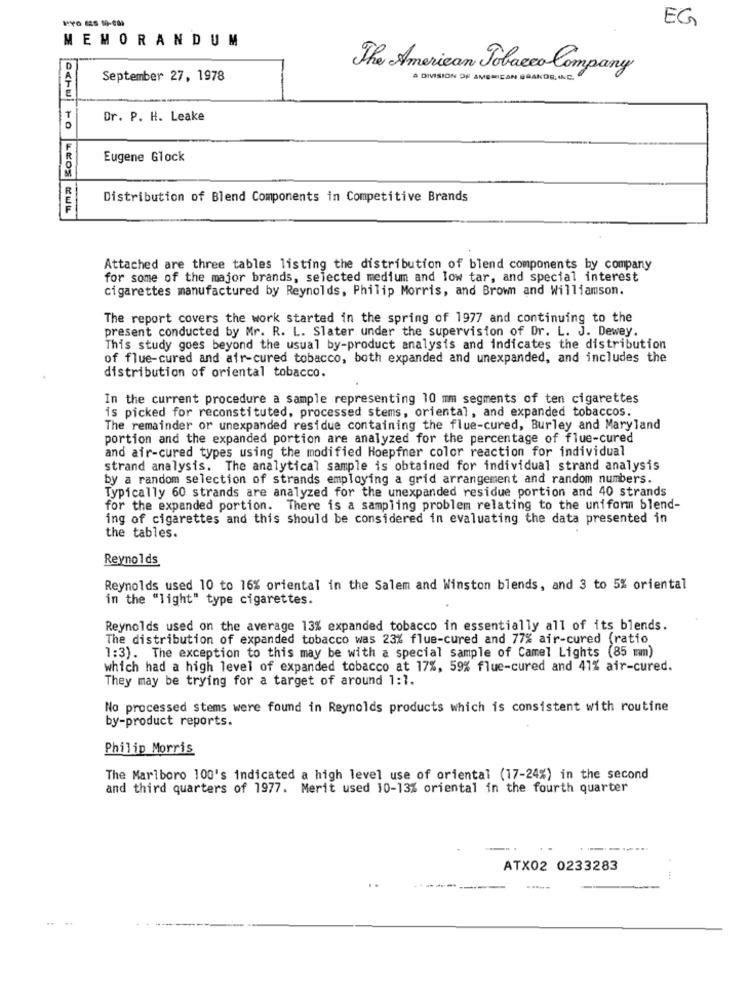
EG
MEMORANDUM
The American Tobacco Company
September 27, 1978
A DIVISION OF AMERICAN BRANDS INC.
Dr. P. H. Leake
Eugene Glock
Distribution of Blend Components in Competitive Brands
Attached are three tables listing the distribution of blend components by company
for some of the major brands, selected medium and low tar, and special interest
cigarettes manufactured by Reynolds, Philip Morris, and Brown and Williamson.
The report covers the work started in the spring of 1977 and continuing to the
present conducted by Mr. R. L. Slater under the supervision of Dr. L. J. Dewey.
This study goes beyond the usual by-product analysis and indicates the distribution
of flue-cured and air-cured tobacco, both expanded and unexpanded, and includes the
distribution of oriental tobacco.
In the current procedure a sample representing 10 mm segments of ten cigarettes
is picked for reconstituted, processed stems, oriental, and expanded tobaccos.
The remainder or unexpanded residue containing the flue-cured, Burley and Maryland
portion and the expanded portion are analyzed for the percentage of flue-cured
and air-cured types using the modified Hoepfner color reaction for individual
strand analysis. The analytical sample is obtained for individual strand analysis
by a random selection of strands employing a grid arrangement and random numbers.
Typically 60 strands are analyzed for the unexpanded residue portion and 40 strands
for the expanded portion. There is a sampling problem relating to the uniform blend-
ing of cigarettes and this should be considered in evaluating the data presented in
the tables.
Reynolds
Reynolds used 10 to 16% oriental in the Salem and Winston blends, and 3 to 5% oriental
in the "light" type cigarettes.
Reynolds used on the average 13% expanded tobacco in essentially all of its blends.
The distribution of expanded tobacco was 23% flue-cured and 77% air-cured (ratio
1:3). The exception to this may be with a special sample of Camel Lights (85 mm)
which had a high level of expanded tobacco at 17%, 59% flue-cured and 41% air-cured.
They may be trying for a target of around 1:1.
No processed stems were found in Reynolds products which is consistent with routine
by-product reports.
Philip Morris
The Marlboro 100's indicated a high level use of oriental (17-24%) in the second
and third quarters of 1977. Merit used 10-13% oriental in the fourth quarter
ATX02 0233283